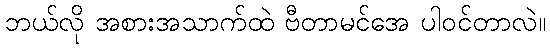
ဘယ်လို အစားအသာက်ထဲ ဗီတာမင်အေ ပါဝင်တာလဲ။